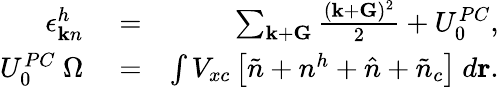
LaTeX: \begin{array}{rlr}{\epsilon_{{\mathbf k}n}^{h}}&{{}=}&{\sum_{{\mathbf k}+{\mathbf G}}\frac{({\mathbf k}+{\mathbf G})^{2}}{2}+U_{0}^{PC},}\\ {U_{0}^{PC}~\Omega}&{{}=}&{\int V_{xc}\left[\tilde{n}+n^{h}+\hat{n}+\tilde{n}_{c}\right]~d{\mathbf r}.}\end{array}